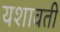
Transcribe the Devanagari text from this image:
यशावती